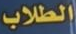
الطلاب